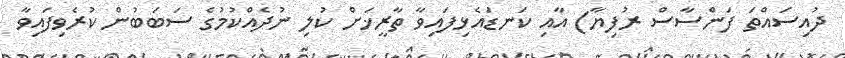
ދުއިސައްތަ ފަންސާސް ރުފިޔާ) އާއި ކަނޑައެޅިފައިވާ ތާރީޚަށް ކުލި ނުދެއްކުމުގެ ސަބަބުން ކުރެވިފައިވާ